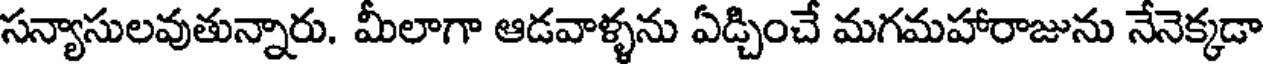
సన్యాసులవుతున్నారు. మీలాగా ఆడవాళ్ళను ఏడ్చించే మగమహారాజును నేనెక్కడా